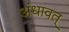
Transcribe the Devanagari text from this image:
अंधावत्